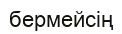
бермейсің